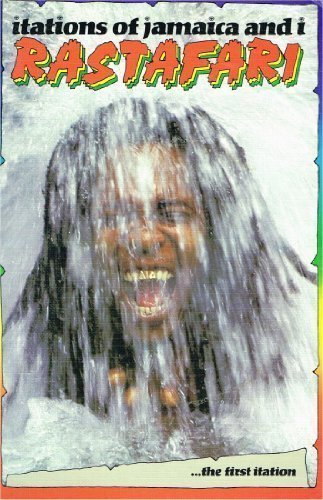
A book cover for Itations of Jamaica and I Rastafari; Millard Faristzaddi; Travel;